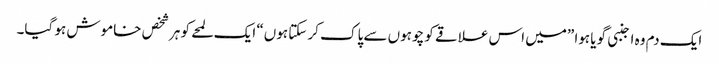
ایک دم وہ اجنبی گویا ہوا ”میں اس علاقے کو چوہوں سے پاک کر سکتا ہوں“ ایک لمحے کو ہرشخص خاموش ہو گیا۔